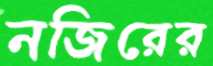
নজিরের